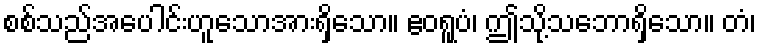
စစ်သည်အပေါင်းဟူသောအားရှိသော။ ဧဝရူပံ၊ ဤသို့သဘောရှိသော။ တံ၊